Leaving Certificate Examination, 1909
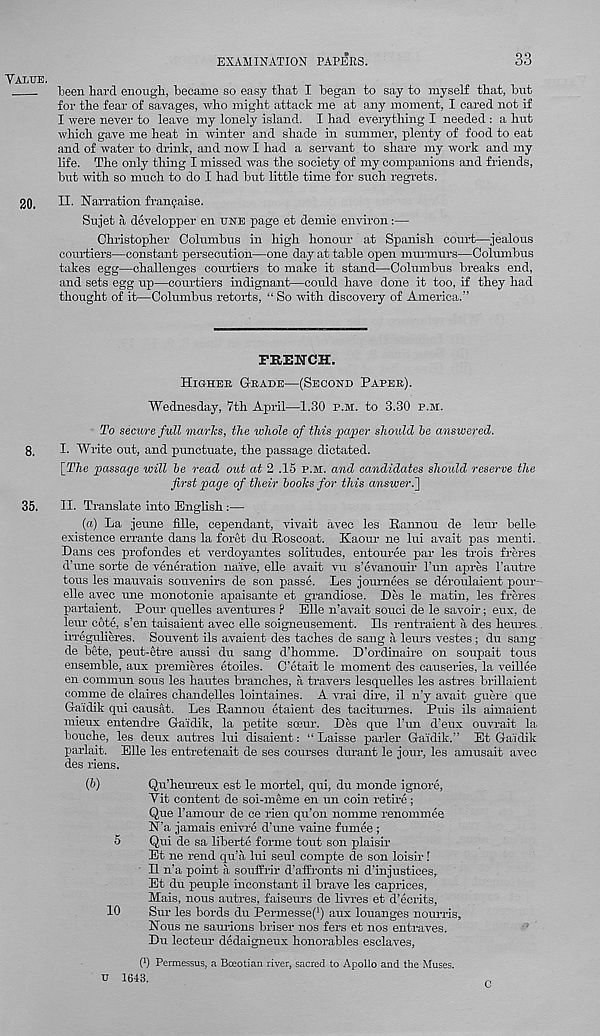
Value.
EXAMINATION PAPERS.
33
been hard enough, became so easy that I began to say to myseli that, but
for the fear of savages, who might attack me at any moment, I cared not if
I were never to leave my lonely island. I had everything I needed : a hut
which gave me heat in winter and shade in summer, plenty of food to eat
and of water to drink, and now I had a servant to share my work and my
life. The only thing I missed was the society of my companions and friends,
but with so much to do I had but little time for such regrets.
20, II- Narration fran9aise.
Sujet a developper en ttste page et demie environ:—
Christopher Columbus in high honour at Spanish court—jealous
courtiers—constant persecution—one day at table open murmurs—Columbus
takes egg—challenges courtiers to make it stand—Columbus breaks end,
and sets egg up—courtiers indignant—could have done it too, if they had
thought of it—Columbus retorts, “ So with discovery of America.”
FEEITCH.
Higher Grade—(Second Paper).
Wednesday, 7th April—1.30 p.m. to 3.30 p.m.
To secure full marlcs, the whole of this paper should be answered.
8,
I. Write out, and punctuate, the passage dictated.
[The passage will be read out at 2 .15 P.M. and candidates should reserve the
first page of their boolcs for this answer.
35. II. Translate into English :—
(a) La jeune fille, cependant, vivait avec les Rannou de letu- belle
existence errante dans la foret du Roscoat. Kaour ne lui avait pas menti.
Dans ces xuofondes et verdoyantes solitudes, entouree par les trois freres
d’une sorte de veneration naive, elle avait vu s’evanouir Tun apres I’autre
tons les mauvais souvenirs de son passe. Les journees se deroulaient pour
elle avec une monotonie apaisante et grandiose. Des le matin, les freres
partaient. Pour quelles aventures P Elle n’avait souci de le savoir; eux, de
leur cote, s’en taisaient avec elle soigneusement. Hs rentraient a des heures..
irregulieres. Souvent ils avaient des taches de sang a leurs vestes ; du sang
de bete, peut-etre aussi du sang d’homme. D’ordinaire on soupait tons
ensemble, aux premieres etoiles. C’etait le moment des causeries, la veillee
en commun sous les hautes branches, a travers lesquelles les astres brillaient
comme de claires chandelles lointaines. A vrai dire, il n’y avait guere que
Ga'idik qui causat. Les Rannou etaient des taciturnes. Puis ils aimaient
mieux entendre Ga'idik, la petite sceur. Des que 1’un d’eux ouvrait la
bouche, les deux autres lui disaient: “ Laisse parler Ga'idik.” Et Ga'idik
parlait. Elle les entretenait de ses courses durant le jour, les amusait avec
des riens.
(1>)
Qu’heureux est le mortel, qui, du monde ignore,
Vit content de soi-meme en un coin retire;
Que 1’amour de ce rien qu’on nomme renommee
N’a jamais enivre d’une vaine fumee ;
5
Qui de sa liberte forme tout son plaisir
Et ne rend qu’a lui seul compte de son loisir!
II n’a point a souffrir d’affronts ni d’injustices,
Et du peuple inconstant il brave les caprices,
Mais, nous autres, faiseurs de livres et d’ecrits,
10
Sur les bords du Permesse(') aux louanges nourris.
Nous ne saurions briser nos fers et nos entraves.
Du lecteur dedaigneux honorables esclaves,
f 1 ) Permessus, a Boeotian river, sacred to Apollo and the Muses.
V 1643.
C